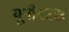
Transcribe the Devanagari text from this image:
यूनीवरस